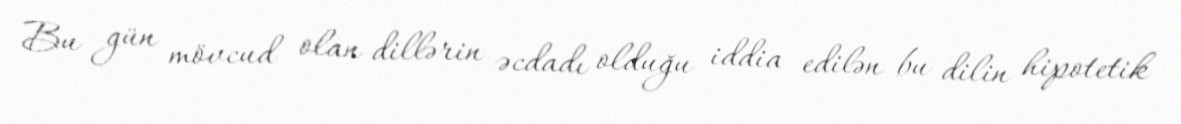
Bu gün mövcud olan dillərin əcdadı olduğu iddia edilən bu dilin hipotetik